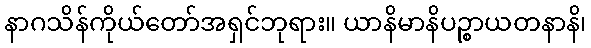
နာဂသိန်ကိုယ်တော်အရှင်ဘုရား။ ယာနိမာနိပဉ္စာယတနာနိ၊